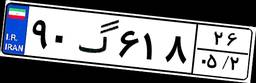
۴۴گ۹۷۷۷۴